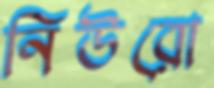
নিউরো